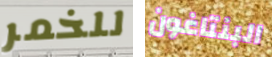
للخمر البنتاغون